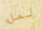
لملء